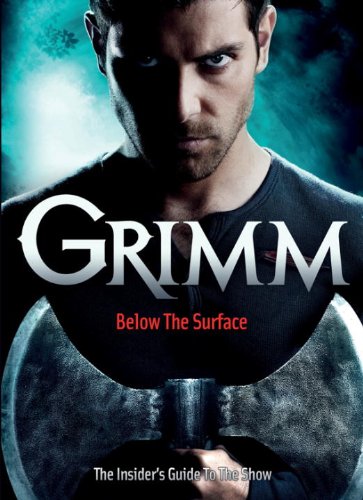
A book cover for Grimm: Below the Surface : The Insider's Guide to the Show; Titan Books; Humor & Entertainment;